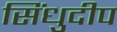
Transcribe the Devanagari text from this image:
सिंधुदीप